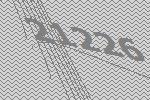
21226